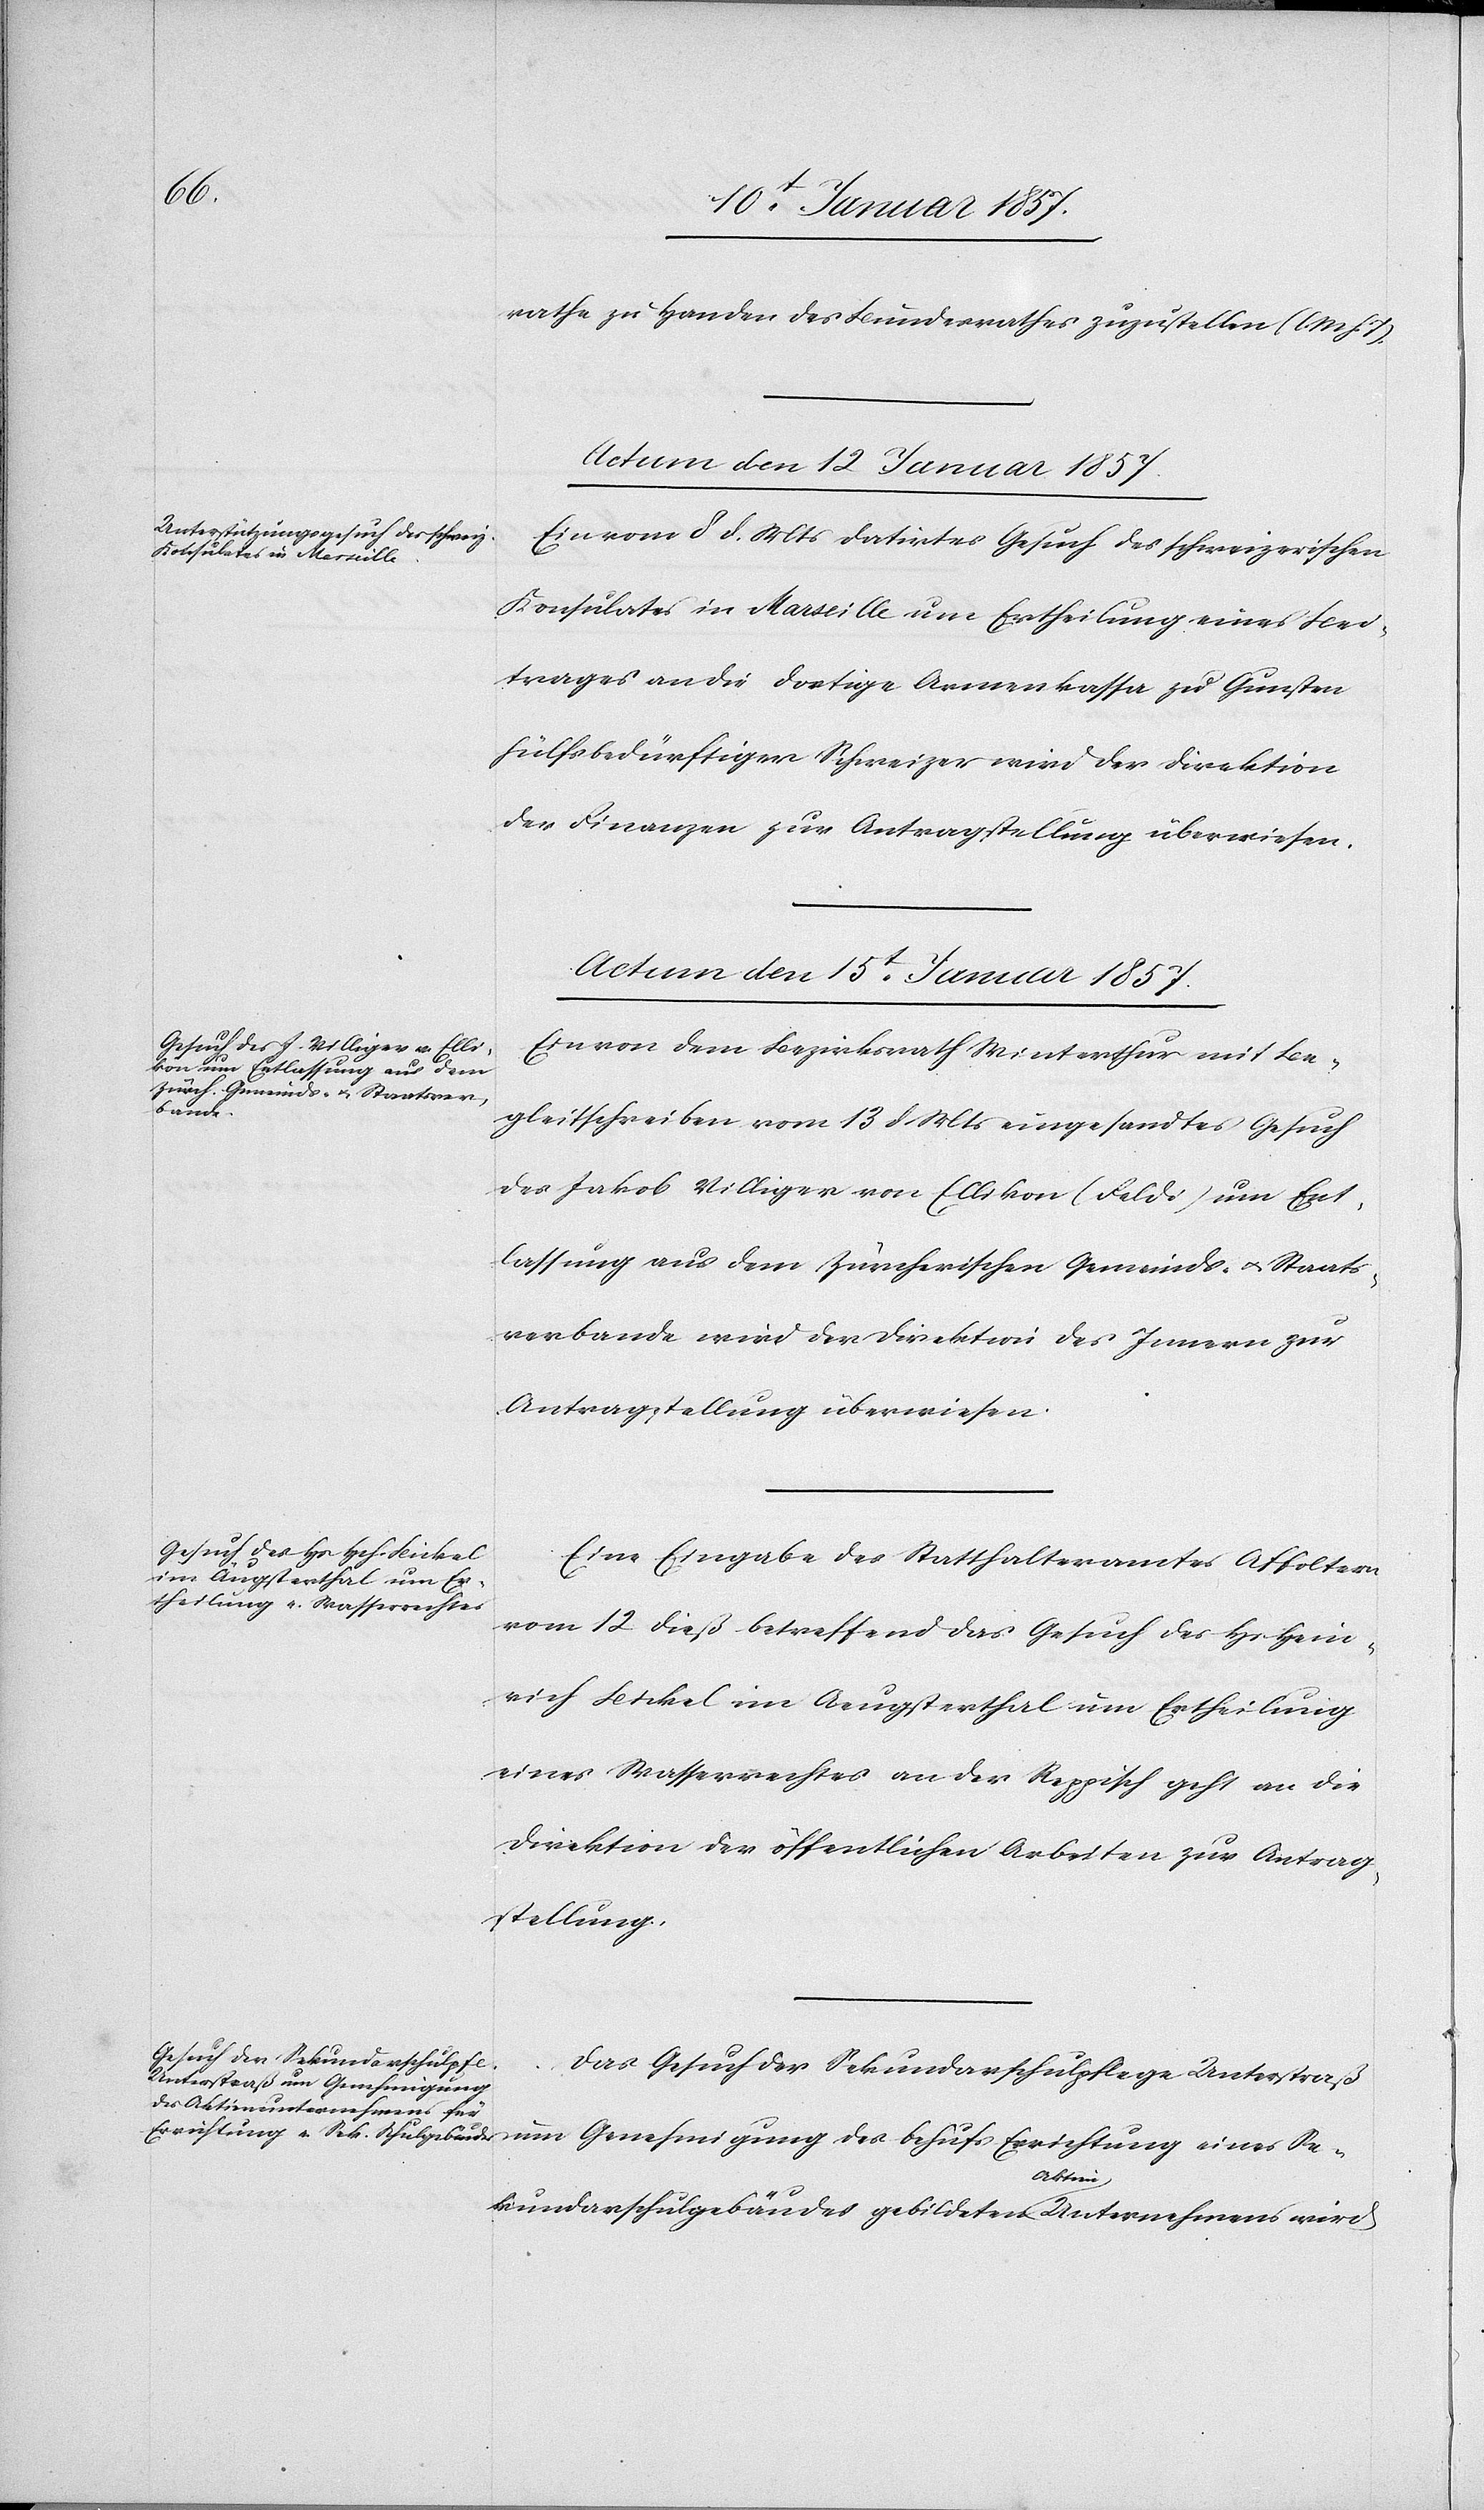
rathe zu Handen des Bundesrathes zuzustellen (l. M. h. T).
Actum den 12 Januar 1857.
Ein vom 8 d. Mts datirtes Gesuch des schweizerischen
Konsulates in Marseille um Ertheilung eines Bei¬
trages an die dortige Armenkassa zu Gunsten
hülfsbedürftiger Schweizer wird der Direktion
der Finanzen zur Antragstellung überwiesen.
Actum den 15t Januar 1857.]
Ein von dem Bezirksrath Winterthur mit Be¬
behufs
gleitschreiben vom 13 d Mts eingesandtes Gesuch
des Jakob Villiger von Ellikon (Feldi) um Ent¬
lassung aus dem Zürcherischen Gemeinds- u. Staats¬
verbunde wird der Direktion des Innern zur
Antragstellung überwiesen.
Eine Eingabe des Statthalteramtes Affoltern
Se¬
vom 12 dieß betreffend das Gesuch des Hr Hein¬
rich Bickel im Aeugsterthal um Ertheilung
eines Wasserrechtes an der Reppisch geht an die
Direktion der öffentlichen Arbeiten zur Antrag¬
stellung.
Gesuch der Sekundarschulpflege
Unterstraß um Genehmigung
Errichtung
kundarschulgebäudes gebildeten a-Aktien-a Unternehmens wird